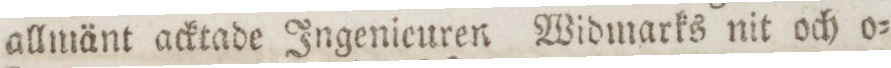
allmänt acktade Ingenieuren Widmarks nit och o=